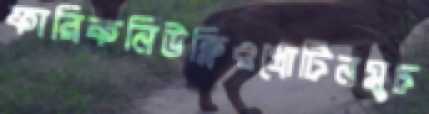
ফারিকনিউক্লিওপ্রোটিনমুচ